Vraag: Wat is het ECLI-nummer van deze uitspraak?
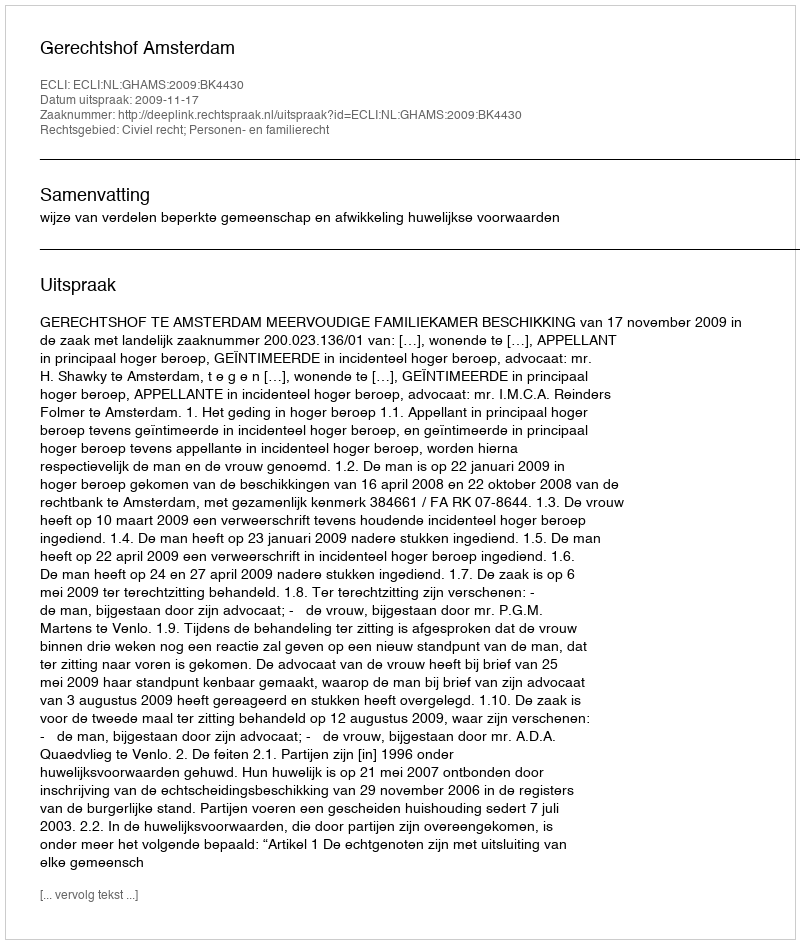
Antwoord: ECLI:NL:GHAMS:2009:BK4430